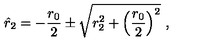
\hat { r } _ { 2 } = - { \frac { r _ { 0 } } { 2 } } \pm \sqrt { r _ { 2 } ^ { 2 } + \left( { \frac { r _ { 0 } } { 2 } } \right) ^ { 2 } } \ ,